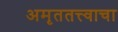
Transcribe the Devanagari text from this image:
अमृततत्त्वाचा